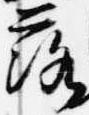
落